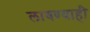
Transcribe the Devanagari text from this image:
लावण्याही